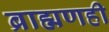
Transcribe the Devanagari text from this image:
ब्राह्मणही